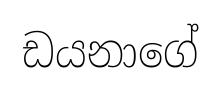
ඩයනාගේ